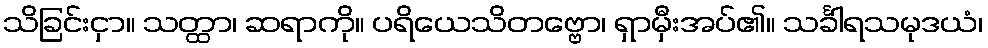
သိခြင်းငှာ။ သတ္ထာ၊ ဆရာကို။ ပရိယေသိတဗ္ဗော၊ ရှာမှီးအပ်၏။ သင်္ခါရသမုဒယံ၊